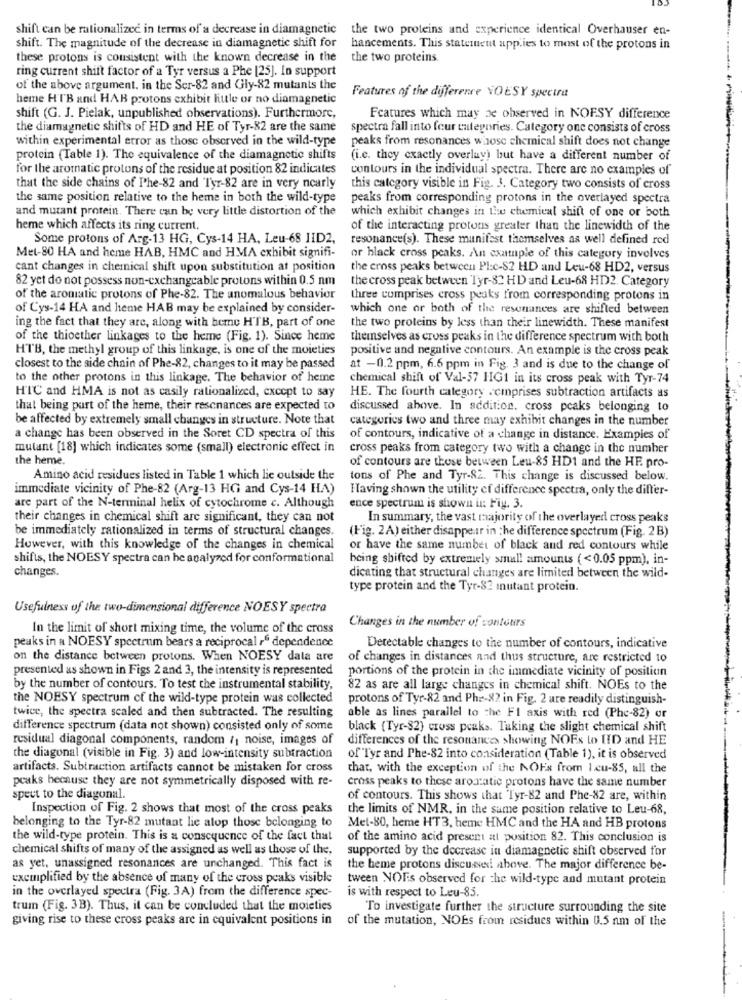
shift can be rationalized in terms of a decrease in diamagnetic
the two proteins and experience identical Overhauser en-
shift. The magnitude of the decrease in diamagnetic shift for
hancements. This statement applies to most of the protons in
these protons is consistent with the known decrease in the
the two proteins.
ring current shift factor of a Tyr versus a Phe [25]. In support
of the above argument. in the Ser-82 and Gly-82 mutants the
heme HTB and HAB protons exhibit little or no diamagnetic
Features of the difference NOESY spectra
shift (G. J. Pielak, unpublished observations). Furthermore,
Features which may be observed in NOFSY difference
the diamagnetic shifts of HD and HE of Tyr-82 are the same
spectra fall into four categories. Category one consists of cross
within experimental error as those observed in the wild-type
peaks from resonances whose chemical shift does not change
protein (Table 1). The equivalence of the diamagnetic shifts
(i.e. they exactly overlay) but have a different number of
for the aromatic protons of the residue at position 82 indicates
contours in the individual spectra. There are no examples of
that the side chains of Phe-82 and Tyr-82 are in very nearly
this category visible in Fig. J. Category two consists of cross
the same position relative to the heme in both the wild-type
peaks from corresponding protons in the overlayed spectra
and mutant protein. There can be very little distortion of the
which exhibit changes in the chemical shift of one or both
heme which affects its ring current,
of the interacting protons greater than the linewidth of the
Some protons of Arg-13 HG, Cys-14 HA, Leu-68 JID2.
resonance(s). These manifest themselves as well defined red
Met-80 HA and heme HAB, HMC and HMA exhibit signifi-
or black cross peaks. An cxample of this category involves
cant changes in chemical shift upon substitution at position
the cross peaks between Plc-82 HD and Leu-68 HD2, versus
82 yet do not possess non-exchangeable protons within 0.5 nm
the cross peak between Tyr-32 HD and Leu-68 HD2. Category
of the aromatic protons of Phe-82. The anomalous behavior
three comprises cross peaks from corresponding protons in
of Cys-14 HA and heme HAB may be explained by consider-
which one or both of the resonances are shifted between
ing the fact that they are, along with here HTB, part of one
the two proteins by less than their linewidth. These manifest
of the thioether linkages to the heme (Fig. 1). Since heme
themselves as cross peaks in the difference spectrum with both
HTB, the methyl group of this linkage, is one of the moieties
positive and negative contours. An example is the cross peak
closest to the side chain of Phe-22, changes to it may be passed
at -0.2 ppm, 6.6 ppm in Fig. 3 and is due to the change of
to the other protons in this linkage. The behavior of heme
chemical shift of Val-57 HG1 in its cross peak with Tyr-74
HTC and HMA is not as casily rationalized, except to say
HE. The fourth category .ciprises subtraction artifacts as
that being part of the heme, their resonances are expected to
discussed above. In addition, cross peaks belonging to
be affected by extremely small changes in structure. Note that
categories two and three may exhibit changes in the number
a change has been observed in the Soret CD spectra of this
of contours, indicative of a change in distance. Examples of
mutant [18] which indicates some (small) electronic effect in
cross peaks from category two with a change in the number
the heme.
of contours are those between Leu-85 HD1 and the HE. pro-
Amino acid residues listed in Table 1 which lie outside the
tons of Phe and Tyr-82. This change is discussed below.
immediate vicinity of Phe-82 (Arg-13 HG and Cys-14 HA)
Having shown the utility of difference spectra, only the differ-
are part of the N-terminal helix of cytochrome c. Although
ence spectrum is shown in: Fiy. 3.
their changes in chemical shift are significant, they can not
In summary, the vast majority of the overlayed cross peaks
be immediately rationalized in terms of structural changes.
(Fig. 2A) either disappear in the difference spectrum (Fig. 2B)
However, with this knowledge of the changes in chemical
or have the same number of black and red contours while
shifts, the NOESY spectra can he analyzed for conformational
being shifted by extremely small amounts ( <0.05 ppm), in-
changes.
dicating that structural changes are limited between the wild-
type protein and the Tyr-82 mutant protein.
Usefulness of the two-dimensional difference NOESY spectra
In the limit of short mixing time, the volume of the cross
Changes in the number of contours
peaks in a NOESY spectrum bears a reciprocal r" dependence
Detectable changes to the number of contours, indicative
on the distance between protons. When NOESY data are
of changes in distances and thus structure, are restricted 10
presented as shown in Figs 2 and 3, the intensity is represented
portions of the protein in the immediate vicinity of position
by the number of contours. To test the instrumental stability,
82 as are all large changes in chemical shift. NOEs to the
the NOESY spectrum of the wild-type protein was collected
protons of Tyr-82 and Phe-82 in Fig. 2 are readily distinguish-
twice, the spectra scaled and then subtracted. The resulting
able as lines parallel to the FI axis with red (Phe-82) or
difference spectrum (data not shown) consisted only of some
black (Tyr-82) cross peaks. Taking the slight chemical shift
residual diagonal components, random /1 noise, images of
differences of the resonances showing NOEs to HID and HE
the diagonal (visible in Fig. 3) and low-intensity subtraction
of Tyr and Phe-82 into consideration (Table 1), it is observed
artifacts. Subtraction artifacts cannot be mistaken for cross
that, with the exception of the NOFs from I cu-85, all the
peaks because they are not symmetrically disposed with re-
cross peaks to these aro ratic protons have the same number
spect to the diagonal.
of contours. This shows that Tyr-82 and Phe-82 are, within
Inspection of Fig. 2 shows that most of the cross peaks
the limits of NMR, in the same position relative to Leu-68,
belonging to the Tyr-82 mutant lie atop those belonging to
Mel-80, heme HT3, heme HMC and the HA and HB protons
the wild-type protein. This is a consequence of the fact that
of the amino acid present att position 82. This conclusion is
chemical shifts of many of the assigned as well as those of the,
supported by the decrease in diamagnetic shift observed for
as yet, unassigned resonances are unchanged. This fact is
the heme protons discussed above. The major difference be-
exemplified by the absence of many of the cross peaks visible
tween NOEs observed for the wild-type and mutant protein
in the overlayed spectra (Fig. 3A) from the difference spec-
is with respect to Leu-85.
trum (Fig. 3B). Thus, it can be concluded that the moieties
To investigate further the structure surrounding the site
giving rise to these cross peaks are in equivalent positions in
of the mutation, NOEs from residues within 0.5 nm of the